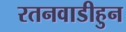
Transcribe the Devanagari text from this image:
रतनवाडीहुन